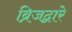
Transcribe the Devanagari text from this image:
ब्रिजद्वारे